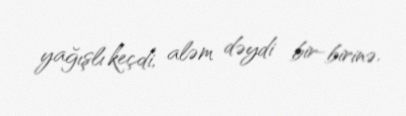
yağışlı keçdi, aləm dəydi bir-birinə.